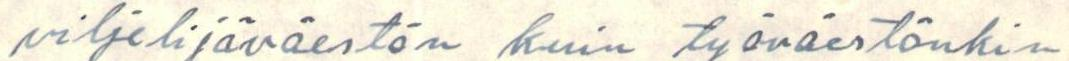
viljelijäväestön kuin työväestönkin